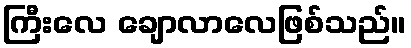
ကြီးလေ ချောလာလေဖြစ်သည်။